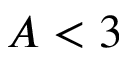
A < 3